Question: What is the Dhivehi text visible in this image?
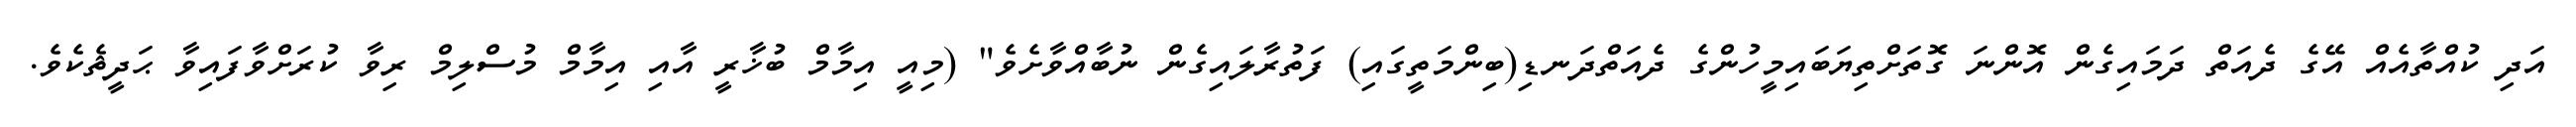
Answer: އަދި ކުއްތާއެއް އޭގެ ދެއަތް ދަމައިގެން އޮންނަ ގޮތަށްތިޔަބައިމީހުންގެ ދެއަތްދަނޑި(ބިންމަތީގައި) ފަތުރާލައިގެން ނުބާއްވާށެވެ" (މިއީ އިމާމް ބުޚާރީ އާއި އިމާމް މުސްލިމް ރިވާ ކުރަށްވާފައިވާ ޙަދީޘެކެވެ.